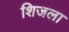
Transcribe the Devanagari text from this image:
शिजला